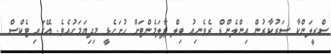
ސްރީލަންކާ ސަރުކާރުން އިންލެންޑް ރެވެނިއު ބިލް ޕާލަމެންޓަށް ހުށަހެޅީ މިދިޔަމަހުއެވެ. އޭގައި ޓެކްސް